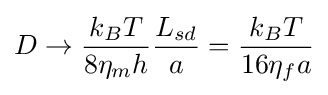
D\to {\frac {k_{B}T}{8\eta _{m}h}}{\frac {L_{sd}}{a}}={\frac {k_{B}T}{16\eta _{f}a}}